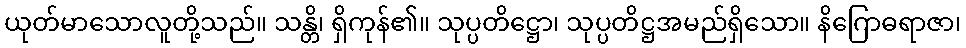
ယုတ်မာသောလူတို့သည်။ သန္တိ၊ ရှိကုန်၏။ သုပ္ပတိဋ္ဌော၊ သုပ္ပတိဋ္ဌအမည်ရှိသော။ နိဂြောဓရာဇာ၊